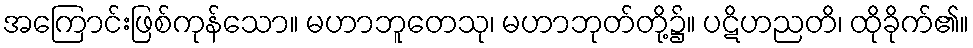
အကြောင်းဖြစ်ကုန်သော။ မဟာဘူတေသု၊ မဟာဘုတ်တို့၌။ ပဋိဟညတိ၊ ထိုခိုက်၏။